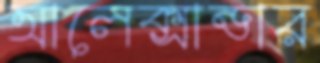
আলেক্সান্ডার